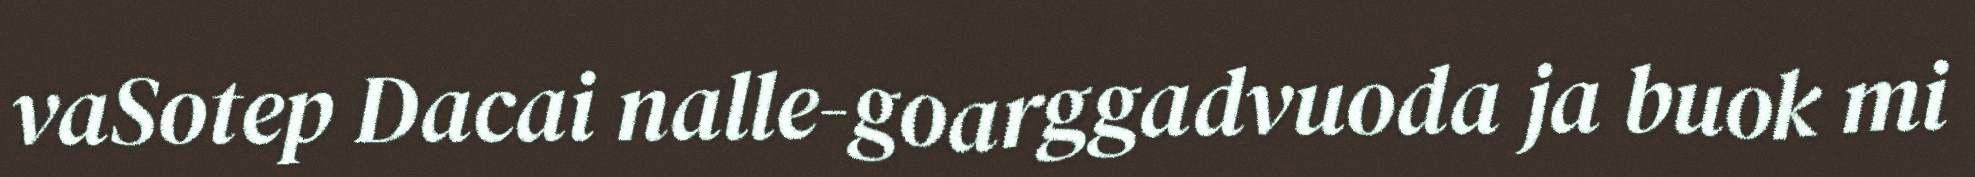
vaSotep Dacai nalle-goarggadvuoda ja buok mi